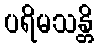
ပရိမသန္တိ